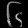
Digit: ၆